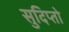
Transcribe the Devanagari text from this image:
सुदिप्तो